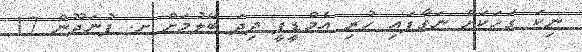
ނިކަ ގަހަކަށް ނަގާފައި ހުރި އެމްޑީޕީ ދިދަ ބޭލުމަށް ށ. ފުނަދޫން 17